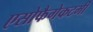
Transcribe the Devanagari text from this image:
एसोफैगेकटमी